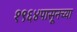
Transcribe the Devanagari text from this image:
१९६४पासूनच्या